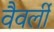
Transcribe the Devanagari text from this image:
वैवर्ली